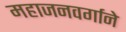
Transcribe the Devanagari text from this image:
महाजनवर्गाने